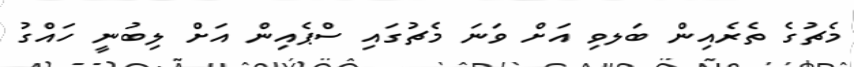
މެޗުގެ ތެރެއިން ބަލވި އަށް ވަނަ މެޗުގައި ސްޕެއިން އަށް ލިބުނީ ހައްގު